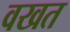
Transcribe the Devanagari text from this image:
वखत